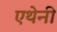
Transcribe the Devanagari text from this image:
एथेनी